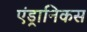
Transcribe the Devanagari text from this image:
एंड्रानिकस